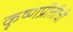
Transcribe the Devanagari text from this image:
कृष्णप्रीतीची